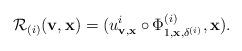
LaTeX: \begin{align*}\mathcal R_{(i)}({\bf v},{\bf x})= (u^i_{{\bf v},{\bf x}}\circ \Phi^{(i)}_{1,{\bf x},\delta^{(i)}},{\bf x}).\end{align*}